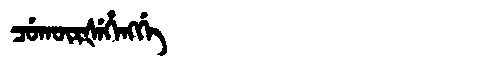
Manchu: ᠴᡠᡴᡡᡵᡧᡝᡥᠠᠩᡤᡝ
Romanization: CUKŪRŠEHANGGE